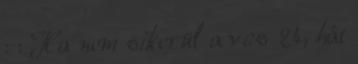
: : Ha nem sikerül a vcs 24, hát